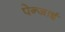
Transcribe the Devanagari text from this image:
पेन्जाई